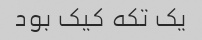
یک تکه کیک بود